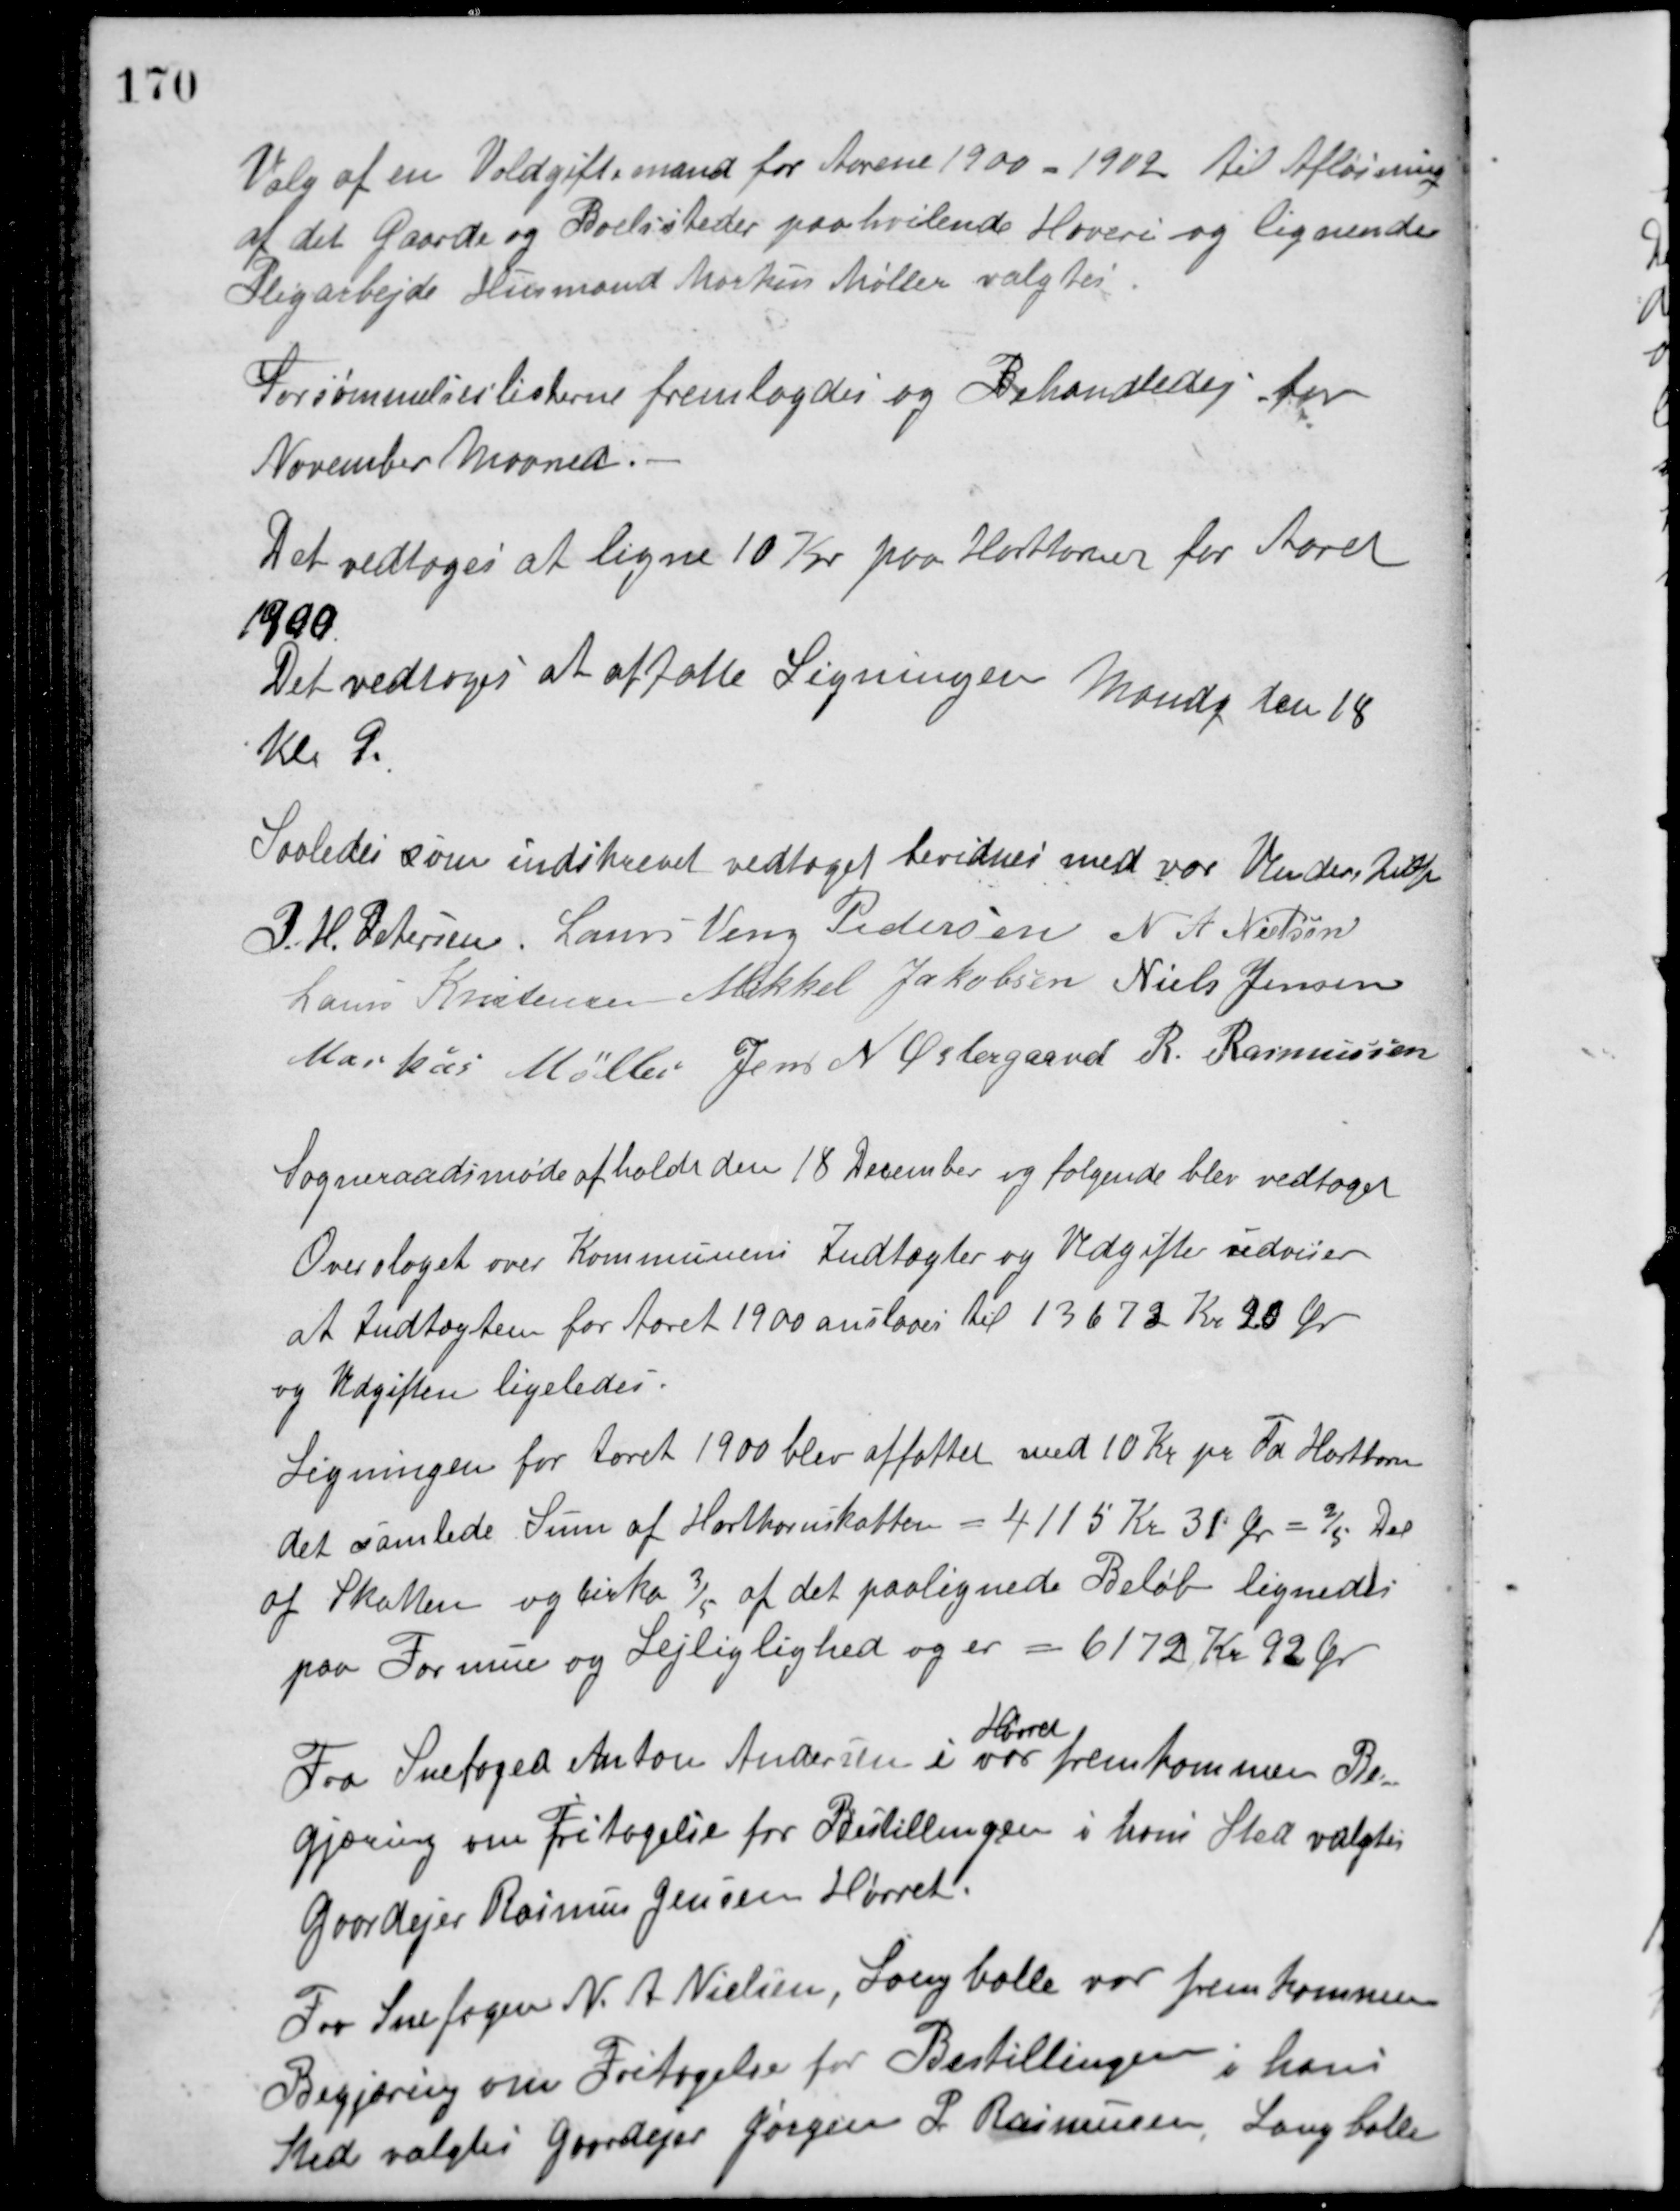
Transskription:
Valg af en Voldgiftsmand for Aarene 1900 - 1902 til Afløsning
af det Gaarde og Boelssteder paahvilende Hoveri og lignende
Pligarbejde Husmand Markus Møller valgtes.
Forsømmelseslisterne fremlagdes og Behandledes for
November Maaned.
Det vedtoges at ligne 10 Kr. paa Hartkorn for Aaret
1900.
Det vedtoges at affatte Ligningen Mandg. den 18
Kl. 9.
Saaledes som indskrevet vedtaget bevidnes med vor Underskrift.
P. H. Petersen Laurs Veng Pedersen N. A. Nielsen
Laus Kristensen Mikkel Jakobsen Niels Jensen
Markus Møller Jens N. Østergaard R. Rasmussen
Sogneraadsmøde afholdt den 18 December og følgende blev vedtaget.
Overslaget over Kommunens Indtægter og Udgifter udviser
at Indtægten for Aaret 1900 anslaaes til 13672 Kr. 20 Øre
og Udgiften ligeledes.
Ligningen for Aaret 1900 blev affattet med 10 Kr. pr. Td. Hartkorn
det samlede Sum af Hartkornskatten - 4115 Kr. 35 Øre = 2/5. Del
af Skatten og Cirka 3/5 af det paalignede Beløb lignedes
paa Formue og Lejliglighed og er = 6172 Kr. 92 Øre
Fra Snefoged Anton Andersen i
Hørret
var fremkommen Be-
gjæring om Fritagelse for Bestillingen i hans Sted valgtes
Gaardejer Rasmus Jensen Hørret.
Fra Snefoged N. A. Nielsen, Langballe var fremkommen
Begjæring om Fritagelse for Bestillingen i hans
Sted valgtes Gaardejer Jørgen P. Rasmussen, Langballe